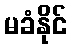
မခံနိုင်